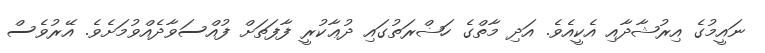
ނައީމުގެ އިރުޝާދާއި އެކީއެވެ. އަދި މާތްގެ ހަޟްރަތުގައި ދުޢާކުރީ ފާފަތަށް ފުއްސަވާދެއްވުމަށެވެ. އޭރުވެސް